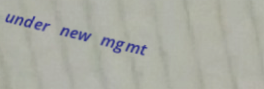
under new mgmt